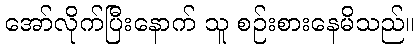
အော်လိုက်ပြီးနောက် သူ စဉ်းစားနေမိသည်။